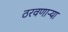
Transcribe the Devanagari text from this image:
ठरवणाऱ्या